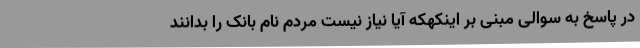
در پاسخ به سوالی مبنی بر اینکهکه آیا نیاز نیست مردم نام بانک را بدانند